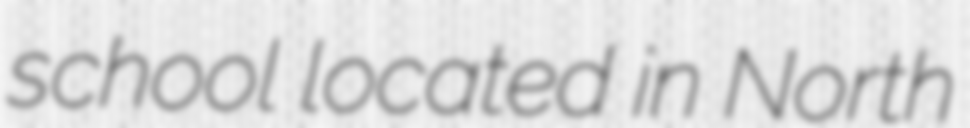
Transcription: school located in North